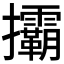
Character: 𢺞